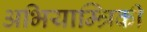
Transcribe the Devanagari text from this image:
अभियाम्त्रिकी